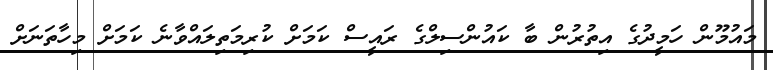
މައުމޫން ހަމީދުގެ އިތުރުން ބާ ކައުންސިލްގެ ރައީސް ކަމަށް ކުރިމަތިލައްވާނެ ކަމަށް މިހާތަނަށް